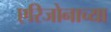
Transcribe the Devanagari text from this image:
एरिजोनाच्या